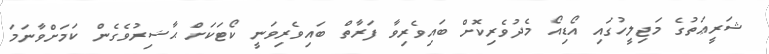
ޝަރީޢަތުގެ މަޖިލީހުގައި އޯޑިއޯ މެދުވެރިކޮށް ބައިވެރިވާ ފަރާތް ބައިވެރިވަނީ ކޯޓަކަށް ޙާޟިރުވެގެން ކަމަށްވާނަމަ